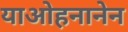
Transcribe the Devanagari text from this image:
याओहनानेन